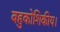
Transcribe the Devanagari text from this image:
बहुकोशिकीय।